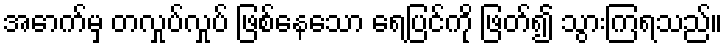
အောက်မှ တလှုပ်လှုပ် ဖြစ်နေသော ရေပြင်ကို ဖြတ်၍ သွားကြရသည်။